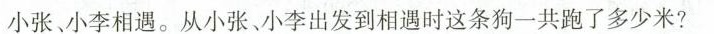
小张小李相遇。从小张、小李出发到相遇时这条狗一共跑了多少米?